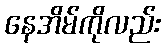
နေအိမ်ကိုလည်း